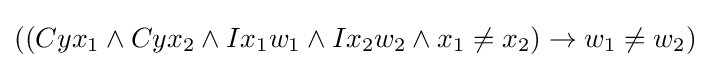
((Cyx_{1}\land Cyx_{2}\land Ix_{1}w_{1}\land Ix_{2}w_{2}\land x_{1}\neq x_{2})\rightarrow w_{1}\neq w_{2})